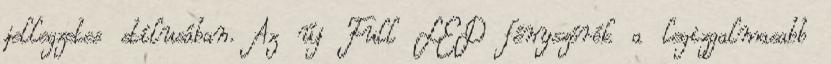
jellegzetes stílusában. Az új Full LED fényszórók a legizgalmasabb